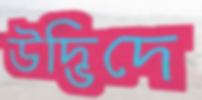
উদ্ভিদে